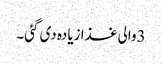
3والی غذا زیادہ دی گئی۔